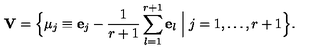
{ \bf V } = \Bigl \{ \mu _ { j } \equiv { \bf e } _ { j } - \frac { 1 } { r + 1 } \sum _ { l = 1 } ^ { r + 1 } { \bf e } _ { l } \Bigm | j = 1 , \ldots , r + 1 \Bigr \} .